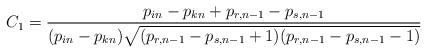
LaTeX: \begin{align*}C_1=\frac{p_{in}-p_{kn}+p_{r, n-1}-p_{s, n-1}}{ (p_{in}-p_{kn})\sqrt{ (p_{r, n-1}-p_{s, n-1}+1) (p_{r, n-1}-p_{s, n-1}-1)}}\end{align*}